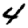
Digit: 4